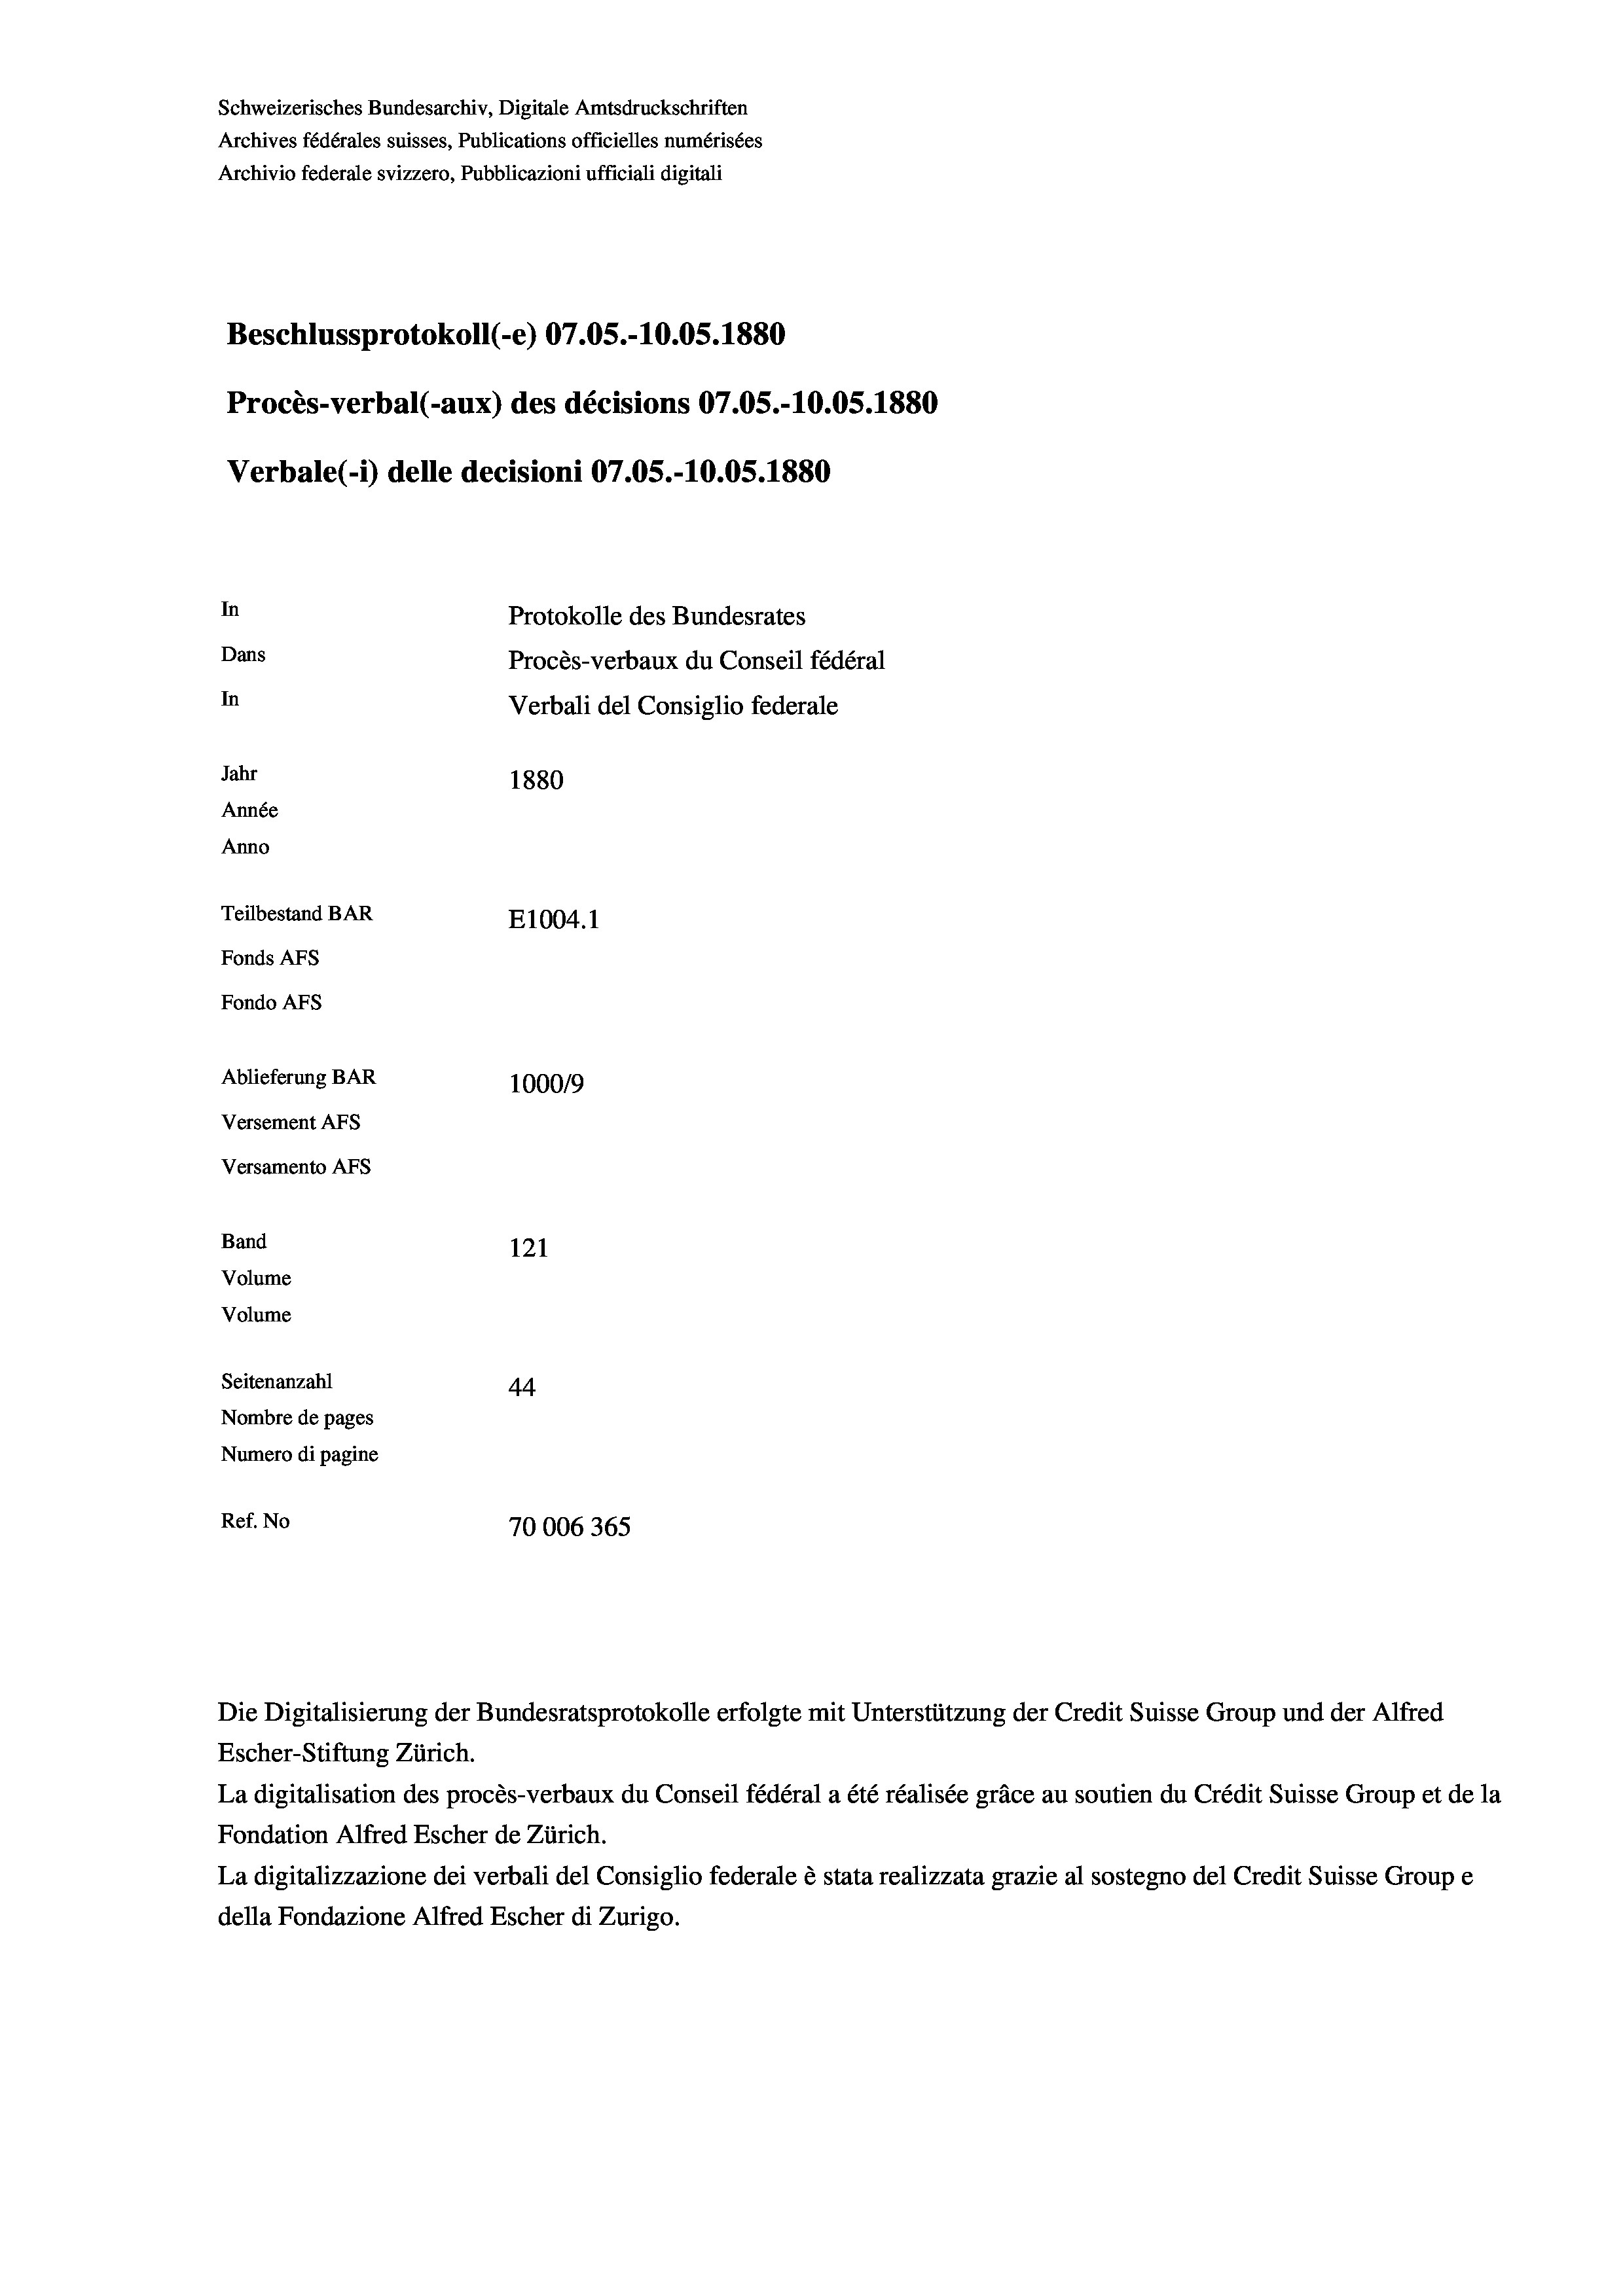
Schweizerisches Bundesarchiv, Digitale Amtsdruckschriften
Archives fédérales suisses, Publications officielles numérisées
Archivio federale svizzero, Pubblicazioni ufficiali digitali
Beschlussprotokoll (-e) 07.05.-10.05. 1880
Procès-verbal (-aux) des décisions 07.05.-10.05.1880
Verbale(1) delle decisioni 07.05.-10.05. 1880
In
Protokolle des Bundesrates
Dans
Procès-verbaux du Conseil fédéral
In
Verbali del Consiglio federale
Jahr
1880
Année
Anno
Teilbestand BAR
E1004. 1
Fonds AFs
Fondo Afs
Ablieferung BAR
100019
Versement AFs
Versamento AFS
Band
121
Volume
Volume
Seitenanzahl
44
Nombre de pages
Numero di pagine
Ref. No
70006365

Escher-Stiftung Zürich.
La digitalisation des procès-verbaux du Conseil fédéral a été réalisée gräce au soutien du Crédit Suisse Group et de la
Fondation Alfred Escher de Zürich.
La digitalizzazione dei verbali del Consiglio federale è stata realizzata grazie al sostegno del Credit Suisse Groupe
della Fondazione Alfred Escher di Zurigo.

Die Digitalisierung der Bundesratsprotokolle erfolgte mit Unterstützung der Credit Suisse Group und der Alfred